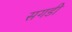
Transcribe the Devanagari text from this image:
सगडी